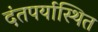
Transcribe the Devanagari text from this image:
दंतपर्यास्थित